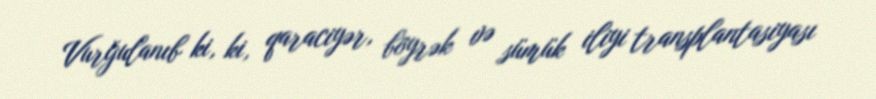
Vurğulanıb ki, ki, qaraciyər, böyrək və sümük iliyi transplantasiyası